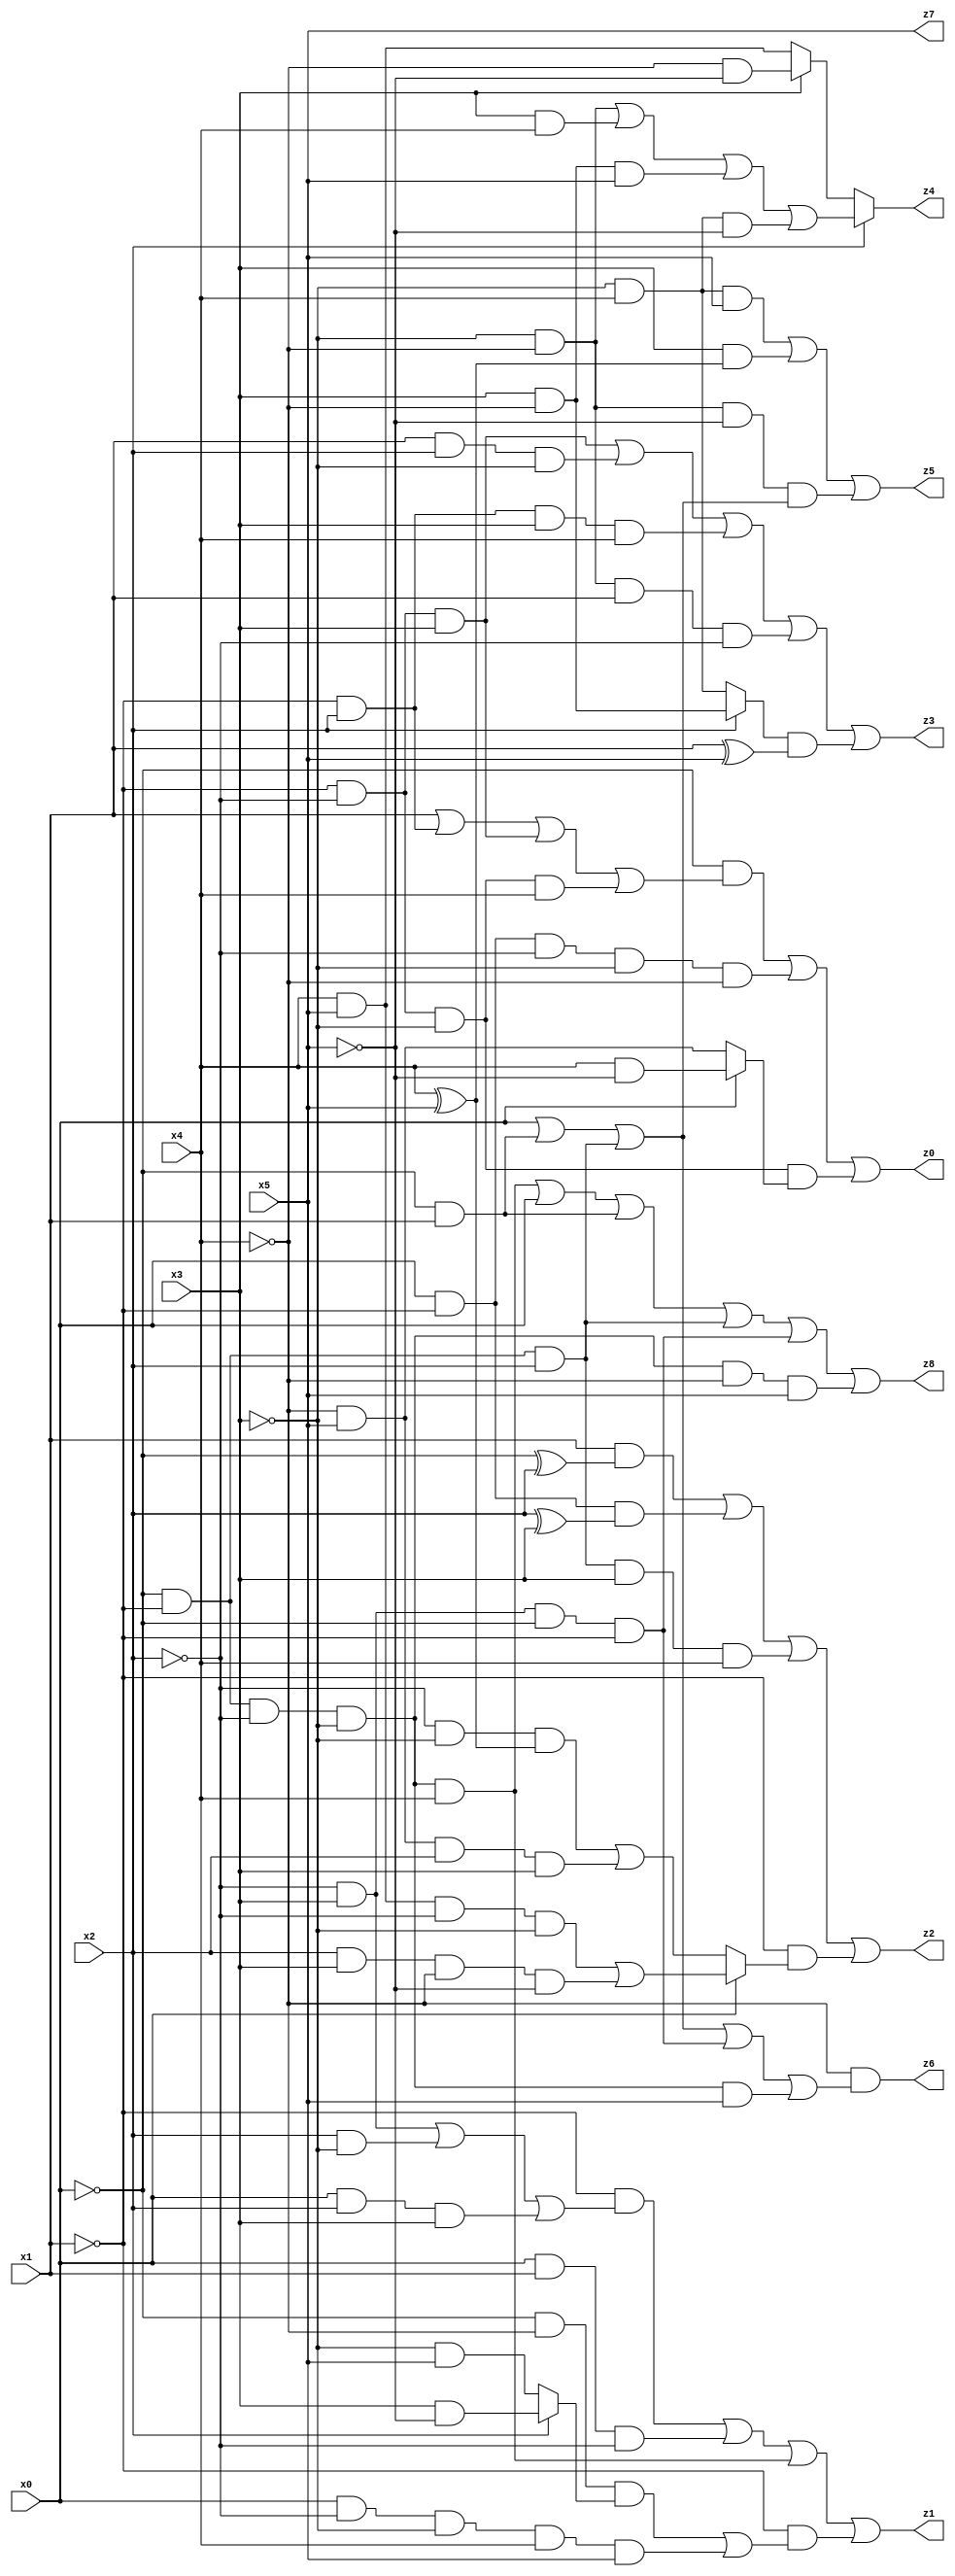
// Benchmark "X_58" written by ABC on Tue Jun 06 22:27:00 2023

module X_58 ( 
    x0, x1, x2, x3, x4, x5,
    z0, z1, z2, z3, z4, z5, z6, z7, z8  );
  input  x0, x1, x2, x3, x4, x5;
  output z0, z1, z2, z3, z4, z5, z6, z7, z8;
  assign z0 = (~x0 & (x1 | (~x1 & x2) | (~x1 & ~x2 & x3) | (~x1 & ~x2 & ~x3 & x4))) | (x0 & ~x1 & ~x2 & ~x3 & ~x4) | (~x1 & ~x2 & ~x3 & (x0 ? (x4 & ~x5) : (~x4 & x5)));
  assign z1 = (~x1 & ((~x2 & x3) | (x2 & ~x3) | (x0 & x2 & x3))) | (x0 & x1 & ~x2) | (~x0 & ~x1 & ~x2 & ~x3 & x4) | (~x1 & ((~x0 & ~x4 & (x2 ? (x3 & ~x5) : (~x3 & x5))) | (x0 & ~x2 & ~x3 & x4 & x5)));
  assign z2 = (x1 & (~x0 ^ x2)) | (x0 & ~x1 & (x2 ^ x3)) | (~x0 & ~x1 & x2 & x3 & x4) | (~x1 & (x0 ? ((x4 & x5 & ~x2 & ~x3) | (x2 & x3 & ~x4 & ~x5)) : ((~x2 & ~x3 & (x4 ^ x5)) | (~x4 & x5 & x2 & x3))));
  assign z3 = (~x1 & ~x2 & x3) | (x1 & x2 & ~x3) | (~x1 & x2 & x3 & x4) | (~x3 & ~x4 & x1 & ~x2) | ((x2 ? (x3 & ~x4) : (~x3 & x4)) & (x1 ^ x5));
  assign z4 = x2 ? ((~x3 & ~x4) | (x3 & x4) | (x3 & ~x4 & x5) | (~x3 & x4 & ~x5)) : (x3 ? (~x4 & ~x5) : (x4 & x5));
  assign z5 = (~x3 & x4 & x5) | (x3 & (x4 ^ x5)) | (~x3 & ~x4 & ~x5 & (x0 | (~x0 & x1) | (~x0 & ~x1 & x2)));
  assign z6 = ~x4 & (x0 | (~x0 & x1) | (~x0 & ~x1 & x2) | (~x2 & x3 & ~x0 & ~x1) | (~x0 & ~x1 & ~x2 & ~x3 & x5));
  assign z7 = x5;
  assign z8 = (~x0 & ~x1 & ~x2 & ~x3 & x4) | x0 | (~x0 & x1) | (~x0 & ~x1 & x2) | (~x2 & x3 & ~x0 & ~x1) | (~x0 & ~x1 & ~x2 & ~x3 & ~x4 & x5);
endmodule